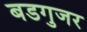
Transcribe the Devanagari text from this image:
बडगुजर